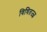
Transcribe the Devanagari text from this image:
विधितज्‍ज्ञ